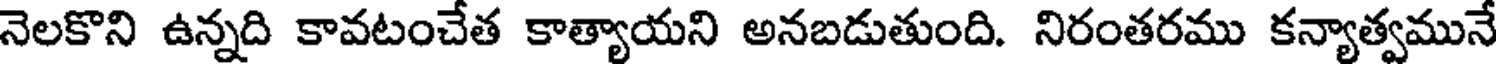
నెలకొని ఉన్నది కావటంచేత కాత్యాయని అనబడుతుంది. నిరంతరము కన్యాత్వమునే